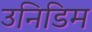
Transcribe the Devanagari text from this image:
उनिडिम